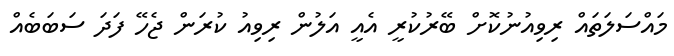
މައްސަލަތައް ރިވިއުނުކޮށް ބޭރުކުރީ އެއީ އަލުން ރިވިއު ކުރަން ޖެހޭ ފަދަ ސަބަބެއް